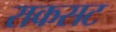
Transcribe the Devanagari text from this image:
राकसट